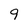
Character: 9